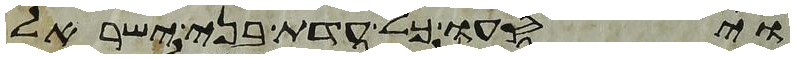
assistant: ויסעו כל עדת בני ישראל